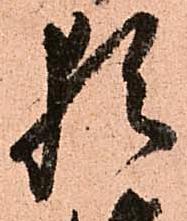
猶